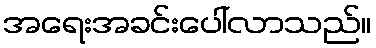
အရေးအခင်းပေါ်လာသည်။